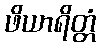
ဖိယာရိတ္တံ